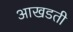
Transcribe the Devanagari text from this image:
आखडती